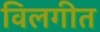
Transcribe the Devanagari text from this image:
विलगीत